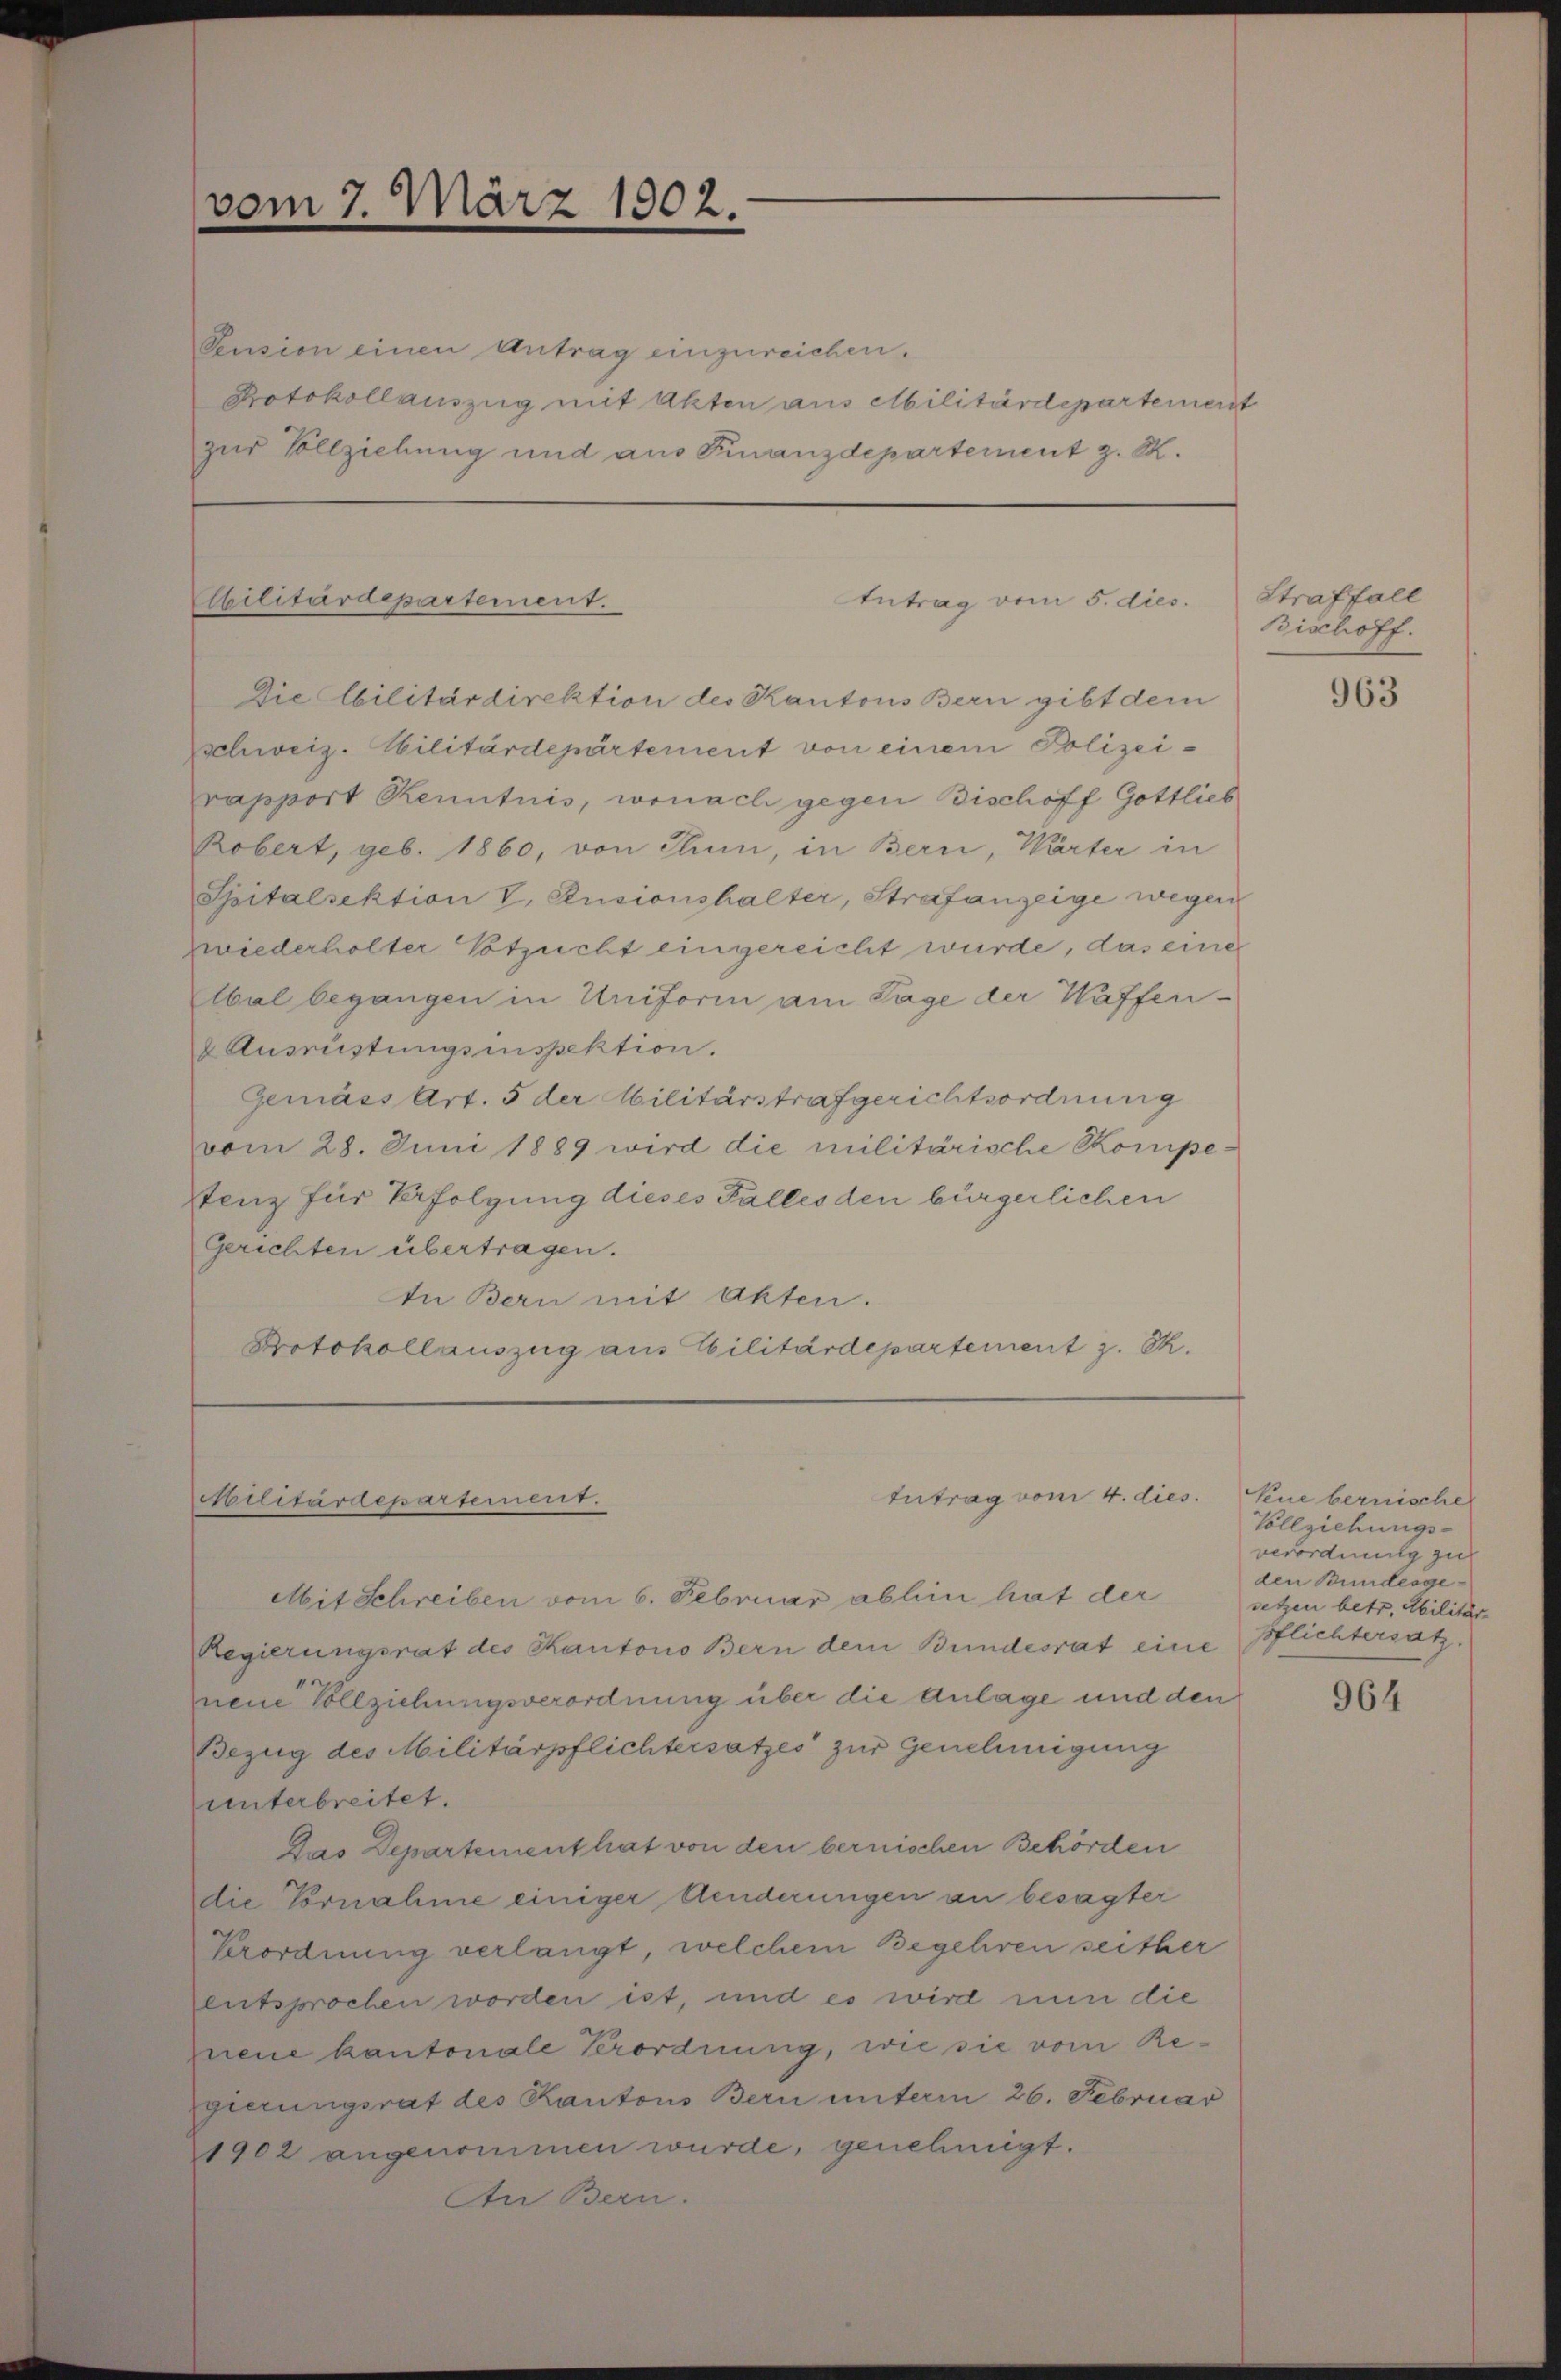
vom 7. März 1902.

Pension einen Antrag einzureichen.
Protokollauszug mit Akten aus Militärdepartement
zur Vollziehung und aus Finanzdepartement z. R.

Sbilitärdepartement.

Pollitärdepartement.

Antrag vom 5. dies

Die Abilitärdirektion des Kantons Bern gibt dem
schweiz. Militärdepartement von einem Polizeirapport Kenntnis, wonach gegen Bischoff Gottlieb
Robert, geb. 1860, von Thun, in Bern, Wärter in
Spitalsektion V. Ansionshalter, Strafanzeige wegen
Ewiederholter Etzucht eingereicht wurde, das eine
Abal begangen in Uniform am Tage der Waffen¬
& Ausrüstungsinspektion.
Gemäss Art. 5 der Militärstrafgerichtsordnung
vom 28. Juni 1889 wird die militärische Kompe¬
Stenz für Erfolgung dieses Falles den bürgerlichen
Gerichten übertragen.
In Bern mit Akten.
Protokollauszug aus Cilitärdepartement z. S.

Antrag vom 4. dies

Mit Schreiben vom 6. Februar abhin hat der
Regierungsrat des Kantons Bern dem Bundesrat eine
nene Vollziehungsverordnung über die Anlage und den
Bezug des Militärpflichtersatzes zur Genehmigung
unterbreitet.
Das Departement hat von den bernischen Behörden
die Vornahme einiger Aenderungen an besagter
Verordnung verlangt, welchem Begehren seither
entsprochen worden ist, und es wird nun die
neue kantonale Verordnung, wie sie vom Regierungsrat des Kantons Bern unterm 26. Februar
1902 angenommen wurde, genehmigt.
An Bern.

Straffall
Bischoff.

963

Seue bernische
Vollziehungs-
verordnung zul
den Bundesgesetzen betr. Militar-
pflichtersatz.

964